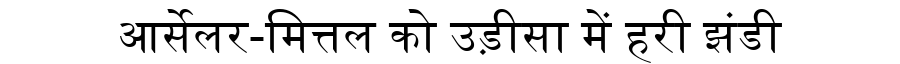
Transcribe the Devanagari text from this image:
आर्सेलर-मित्तल को उड़ीसा में हरी झंडी